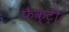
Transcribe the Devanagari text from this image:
फैक्ट्री।